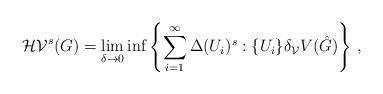
LaTeX: \begin{align*}\mathcal{HV}^s(G)= \lim_{\delta \to 0}\inf \left\{ \sum_{i=1}^{\infty} \Delta(U_i)^s:\{U_i\} \delta_\mathcal{V} V(\hat{G}) \right\}\,,\end{align*}